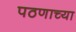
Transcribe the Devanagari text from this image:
पठणाच्या